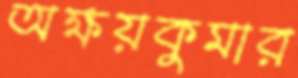
অক্ষয়কুমার